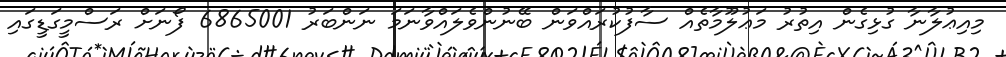
މިއިޢުލާނާ ގުޅިގެން އިތުރު މަޢުލޫމާތެއް ސާފުކުރައްވަން ބޭނުންވެލައްވާނަމަ ނަންބަރު 6865001 ފޯނަށް ރަސްމީގަޑީގައި